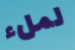
لملء